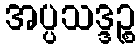
အပ္ပသဒ္ဒဉ္စ